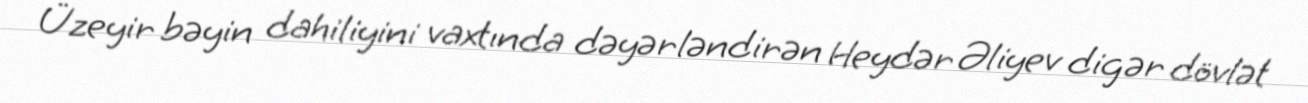
Üzeyir bəyin dahiliyini vaxtında dəyərləndirən Heydər Əliyev digər dövlət